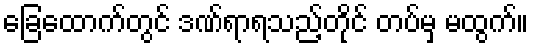
ခြေထောက်တွင် ဒဏ်ရာရသည့်တိုင် တပ်မှ မထွက်။